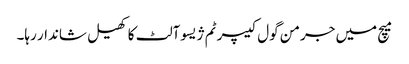
میچ میں جرمن گول کیپر ٹم ژیسوآلٹ کا کھیل شاندار رہا۔